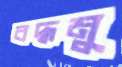
বদ্ধমু